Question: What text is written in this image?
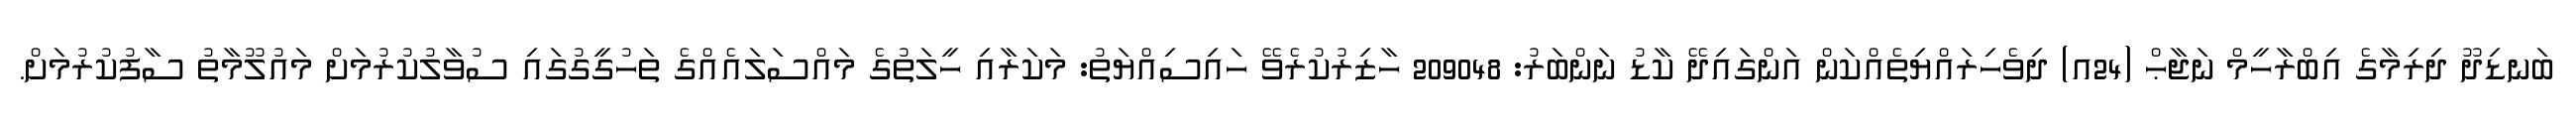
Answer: ބަނޑިދޫ ދިރިމާގެ އިބްރާހީމް ނަޖާޙް (24އ) ދިވެހިރައްޔިތެއްކަން އަންގައިދޭ ކާޑު ނަންބަރު: 209048 ހާޒިރުކުރެވޭ ހައިސިއްޔަތު: މަކަރާއި ހީލަތުގެ މައްސަލައެއްގެ ތަހުގީގުގައި ސުވާލުކުރުމަށް މައުލޫމާތު ސާފުކުރުމަށް.